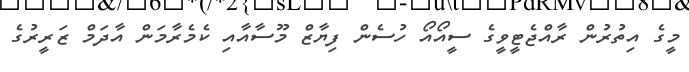
މީގެ އިތުރުން ރާއްޖެޓީވީގެ ސީއޯއޯ ހުސެން ފިޔާޒް މޫސާއާއި ކެމެރާމަން އާދަމް ޒަރީރުގެ